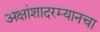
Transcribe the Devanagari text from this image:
अक्षांशादरम्यानचा